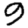
Digit: 9